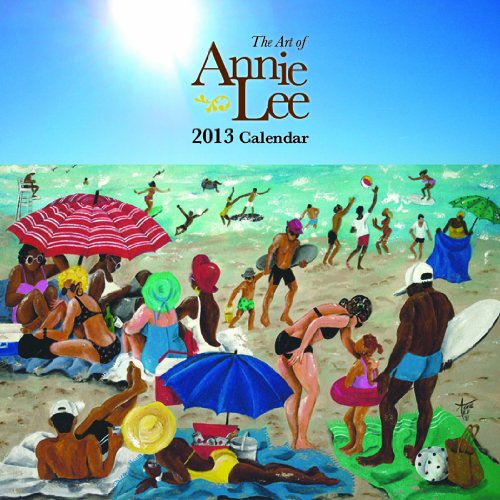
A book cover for The Art of Annie Lee 2013 Calendar; Calendars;